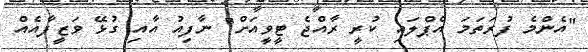
"އެންމެ ފުރަތަމަ އެޕްލައި ކުރީ ރާއްޖެ ޓީވީއަށް" ނާފިއު އާއި ގުޅޭ ވަޒީފާއެއް